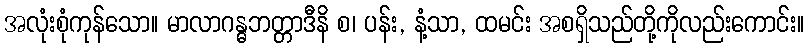
အလုံးစုံကုန်သော။ မာလာဂန္ဓဘတ္တာဒီနိ စ၊ ပန်း, နံ့သာ, ထမင်း အစရှိသည်တို့ကိုလည်းကောင်း။